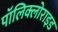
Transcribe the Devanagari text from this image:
पॉलिक्लोराइड